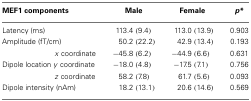
| MEF1 components | Male | Female | p* |
 | --- | --- | --- | --- |
 | Latency (ms) | 113.4 (9.4) | 113.0 (13.9) | 0.903 |
 | Amplitude (fT/cm) | 50.2 (22.2) | 42.9 (13.4) | 0.193 |
 | x coordinate | -45.8 (6.2) | -44.9 (6.6) | 0.631 |
 | Dipole location y coordinate | -18.0 (4.8) | -17.5 (7.1) | 0.756 |
 | z coordinate | 58.2 (7.8) | 61.7 (5.6) | 0.093 |
 | Dipole intensity (nAm) | 18.2 (13.1) | 20.6 (14.6) | 0.569 |